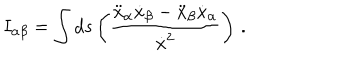
I _ { \alpha \beta } = \int d s \left( \frac { \ddot { x } _ { \alpha } \dot { x } _ { \beta } - \ddot { x } _ { \beta } \dot { x } _ { \alpha } } { \dot { x } ^ { 2 } } \right) \, .